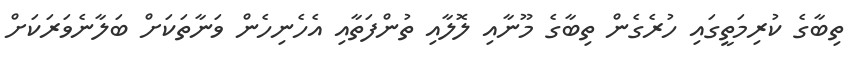
ތިބާގެ ކުރިމަތީގައި ހުރެގެން ތިބާގެ މޫނާއި ލޮލާއި ތުންފަތާއި އެހެނިހެން ވަނާތަކަށް ބަލާނެވަރަކަށް